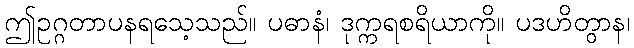
ဤဥဂ္ဂတာပနရသေ့သည်။ ပဓာနံ၊ ဒုက္ကရစရိယာကို။ ပဒဟိတွာန၊